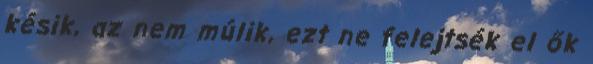
késik, az nem múlik, ezt ne felejtsék el ők